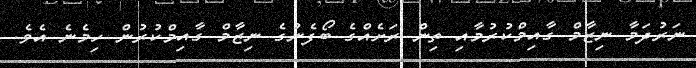
ނަރުދަމާ ނިޒާމް ގާއިމްކުރުމާއި ތިން ރަށެއްގެ ބޯފެނުގެ ނިޒާމް ގާއިމްކުރުން ހިމެނެ އެވެ.